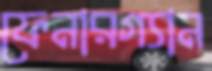
ফেনারগ্যান